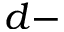
d -